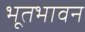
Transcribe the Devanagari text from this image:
भूतभावन